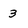
Character: 3